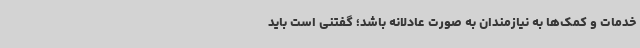
خدمات و کمک‌ها به نیازمندان به صورت عادلانه باشد؛ گفتنی است باید